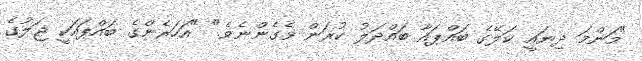
"މަންމަ ދިޔައީ ކަލޭގެ ބައްޕައާ ބައްދަލު ކުރަން ވެގެންނެވެ." "އަހަރެންގެ ބައްޕައަކީ ޖަލުގެ